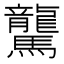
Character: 驡